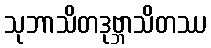
သုဘာသိတဒုဗ္ဘာသိတဿ